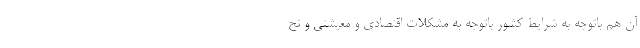
آن هم باتوجه به شرایط کشور باتوجه به مشکلات اقتصادی و معیشتی و تح